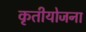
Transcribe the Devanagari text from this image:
कृतीयोजना